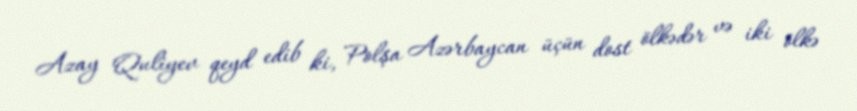
Azay Quliyev qeyd edib ki, Polşa Azərbaycan üçün dost ölkədər və iki ölkə